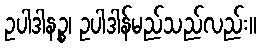
ဥပါဒါနဉ္စ၊ ဥပါဒါန်မည်သည်လည်း။